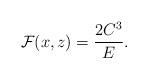
LaTeX: \begin{align*}\mathcal{F}(x,z)=\frac{2C^3}{E}.\end{align*}